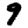
Digit: 9